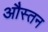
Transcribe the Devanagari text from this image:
औस्तन